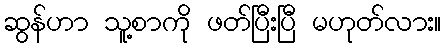
ဆွန်ဟာ သူ့စာကို ဖတ်ပြီးပြီ မဟုတ်လား။